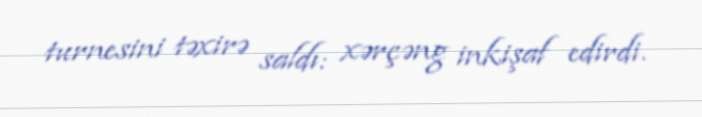
turnesini təxirə saldı: xərçəng inkişaf edirdi.